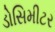
ડોસિમીટર